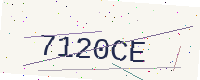
Text: 7120CE